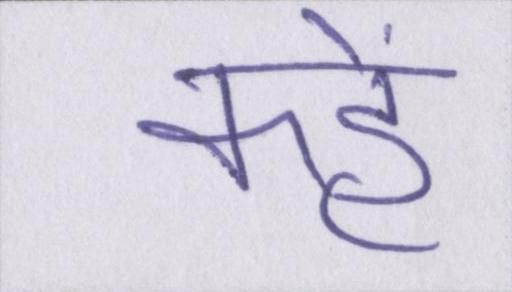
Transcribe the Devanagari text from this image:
कहें